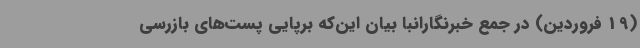
(19 فروردین) در جمع خبرنگارانبا بیان این‌که برپایی پست‌های بازرسی